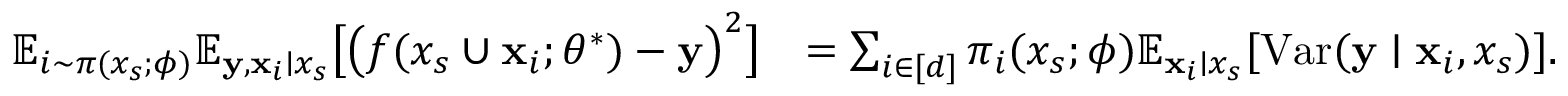
\begin{array} { r l } { \mathbb { E } _ { i \sim \pi ( x _ { s } ; \phi ) } \mathbb { E } _ { { \mathbf { y } } , { \mathbf { x } } _ { i } \mid x _ { s } } \big [ \big ( f ( x _ { s } \cup { \mathbf { x } } _ { i } ; \theta ^ { * } ) - { \mathbf { y } } \big ) ^ { 2 } \big ] } & { = \sum _ { i \in [ d ] } \pi _ { i } ( x _ { s } ; \phi ) \mathbb { E } _ { { \mathbf { x } } _ { i } \mid x _ { s } } [ \mathrm { V a r } ( { \mathbf { y } } \mid { \mathbf { x } } _ { i } , x _ { s } ) ] . } \end{array}